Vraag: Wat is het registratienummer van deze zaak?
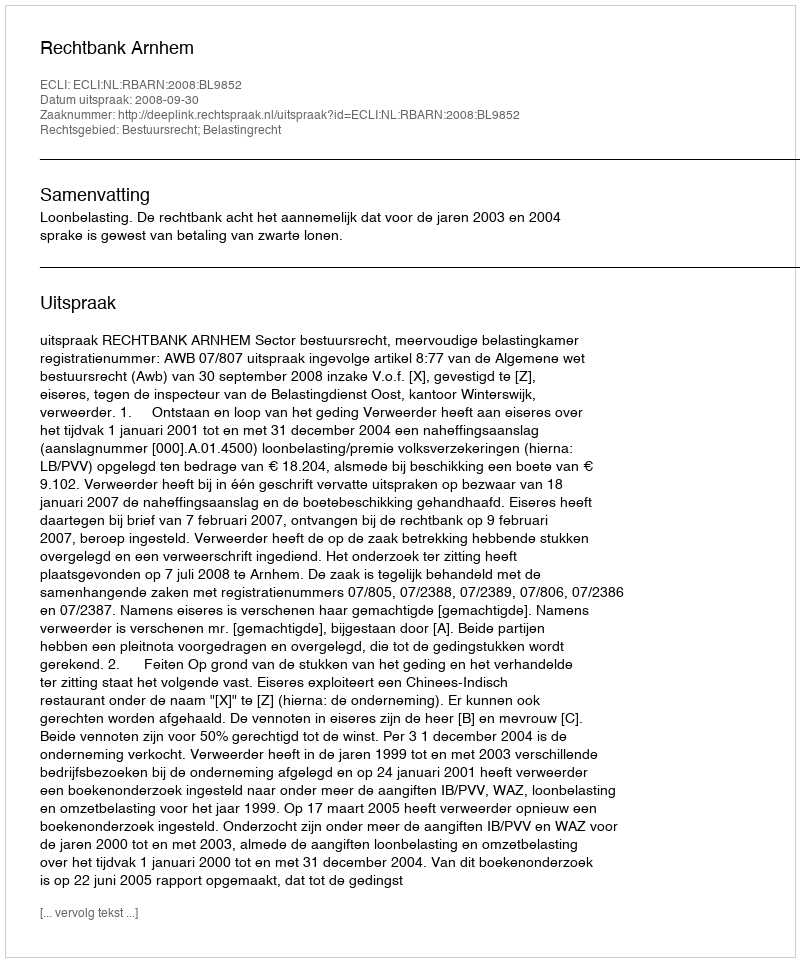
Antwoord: http://deeplink.rechtspraak.nl/uitspraak?id=ECLI:NL:RBARN:2008:BL9852